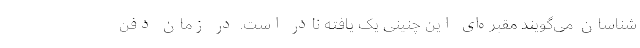
شناسان می‌گویند مقبره‌ای این چنینی یک یافته نادر است. در زمان دفن